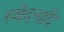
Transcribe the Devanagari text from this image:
स्वेदनादि